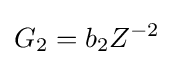
G_{2}=b_{2}Z^{-2}